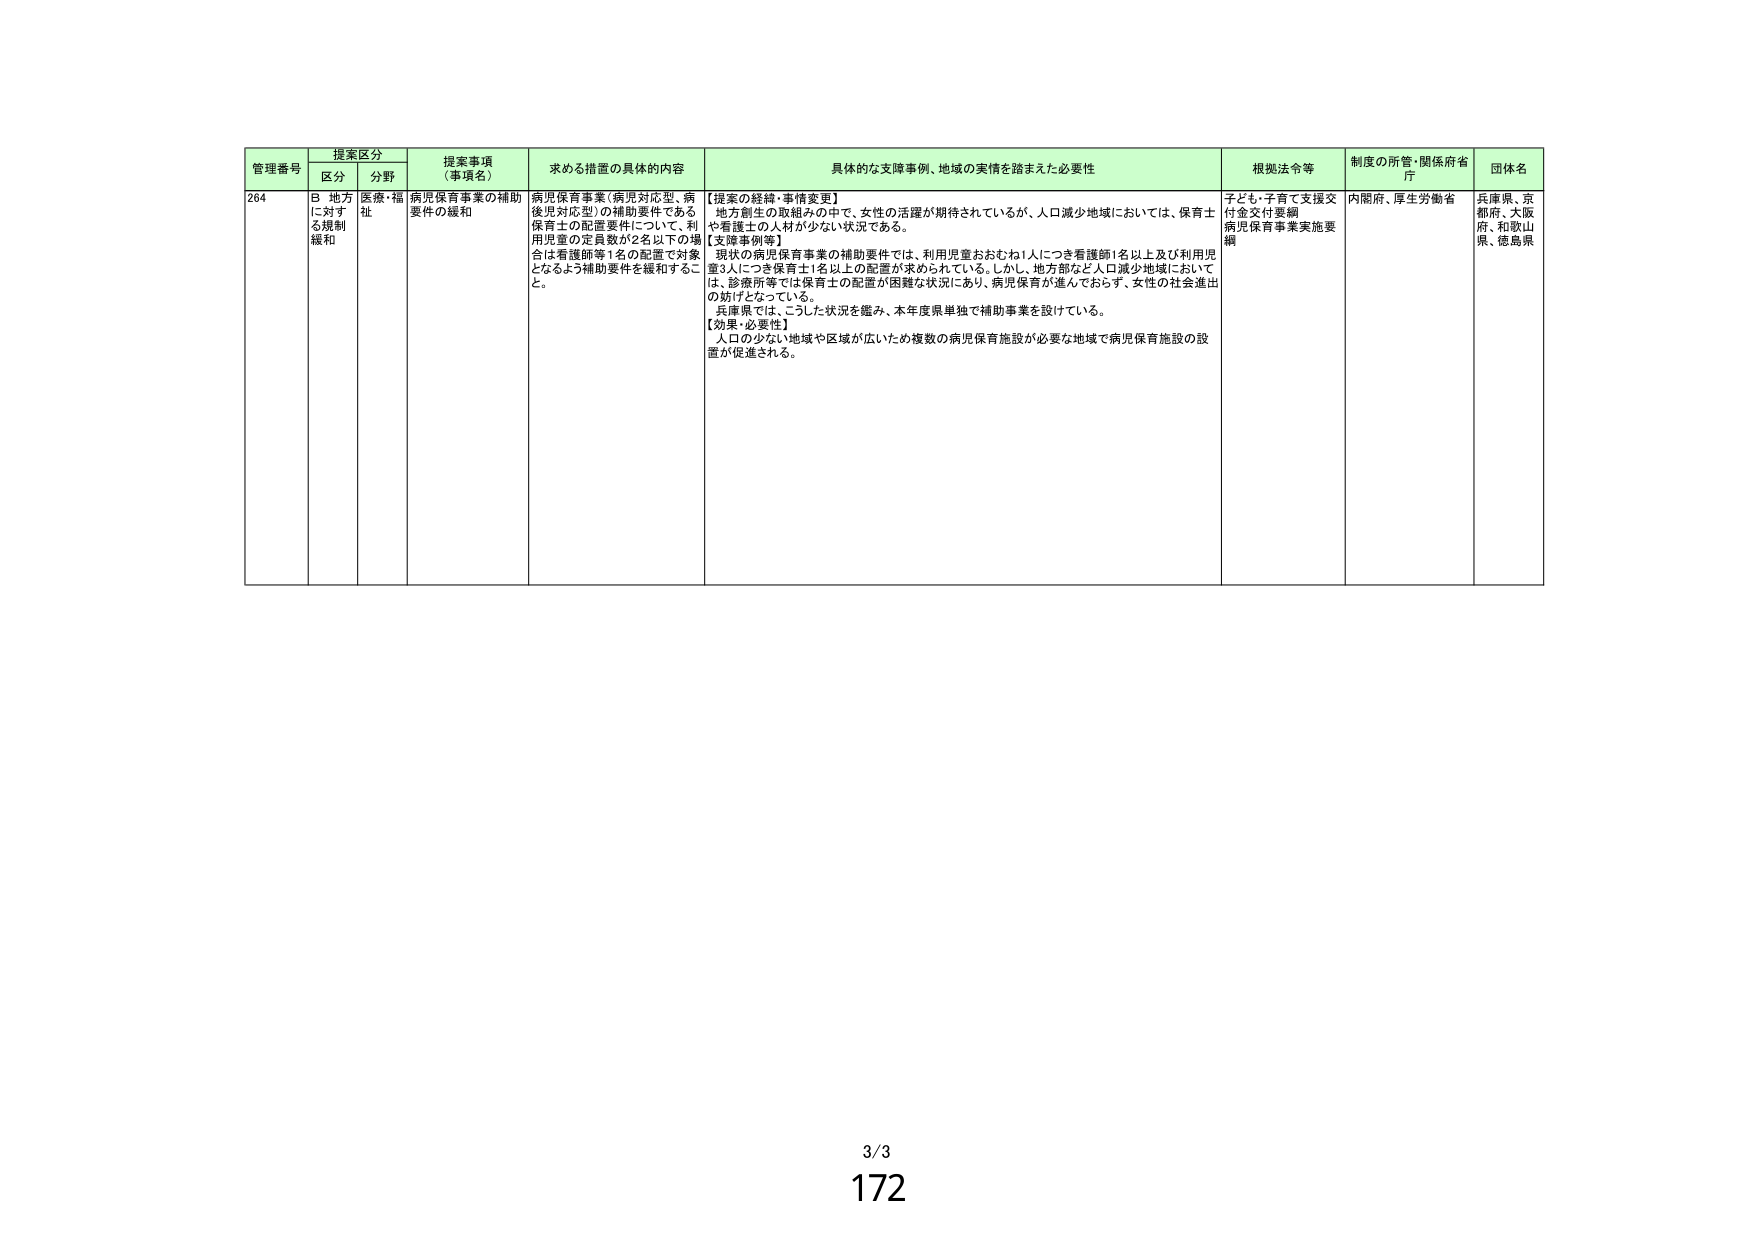
管理番号 提案区分 提案事項（事項名） 求める措置の具体的内容 具体的な支援事例、地域の実情を踏まえた必要性 根拠法令等 制度の所管・関係府省庁 団体名
区分 分野
264 B 地方に対する規制緩和 医療・福祉 病児保育事業の補助要件の緩和 病児保育事業（病児対応型、病後児対応型）の補助要件である保育士の配置要件について、利用児童の定員数が2名以下の場合は看護師等1名の配置で対象となるよう補助要件を緩和すること。 【提案の経緯・事情変更】 地方創生の取組みの中で、女性の活躍が期待されているが、人口減少地域においては、保育士や看護士の人材が少ない状況である。 【支援事例等】 現状の病児保育事業の補助要件では、利用児童おおむね1人につき看護師1名以上及び利用児童3人につき保育士1名以上の配置が求められている。しかし、地方部など人口減少地域においては、診療所等では保育士の配置が困難な状況にあり、病児保育が進んでおらず、女性の社会進出の妨げとなっている。 兵庫県では、こうした状況を鑑み、本年度県単独で補助事業を設けている。 【効果・必要性】 人口の少ない地域や区域が広いため複数の病児保育施設が必要な地域で病児保育施設の設置が促進される。 子ども・子育て支援交付金交付要綱 病児保育事業実施要綱 内閣府、厚生労働省 兵庫県、京都府、大阪府、和歌山県、徳島県
3/3
172